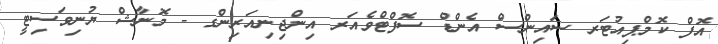
އޮފް ކޮމްޕިއުޓަރ ސައިންސް އެންޑް ސޮފްޓްވެއަރ އިންޖިނިއަރިންގ - މޮނާޝް ޔުނިވަސިޓީ